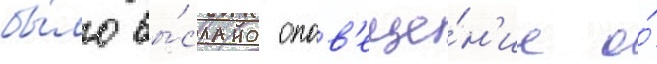
бы́ло вы́слано опов'еще́н'ие о́